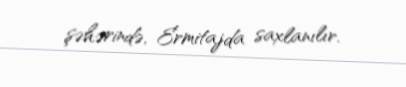
şəhərində, Ermitajda saxlanılır.